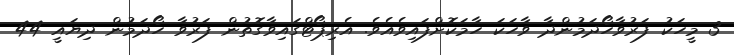
3 މީހަކު ފަރުވާހޯދަމުންދާ ވާހަކަ ހާމަކޮށްފައިވެއެވެ. އެރިޕޯޓްގައިވާގޮތުން ފަރުވާ ހޯދަމުން ދިޔައީ 44